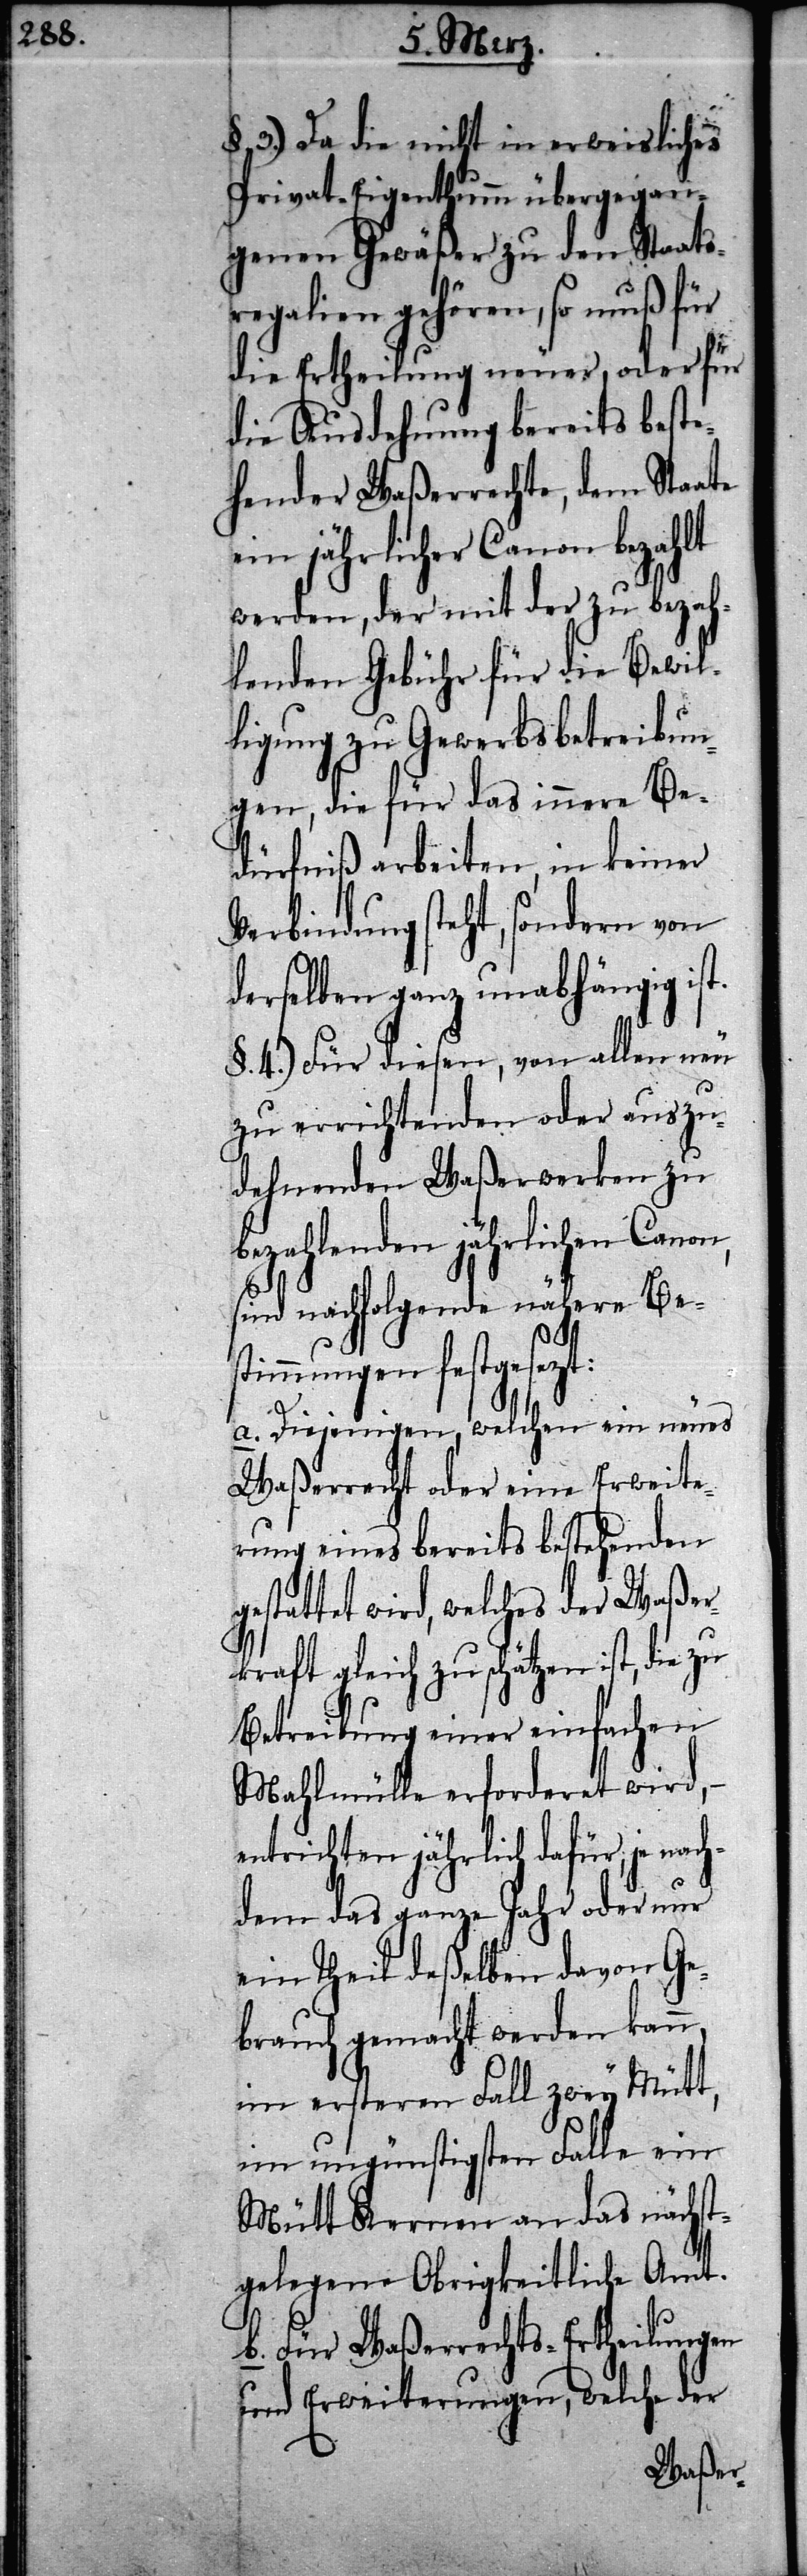
§. 3.) Da die nicht in erweisliches
Privat-Eigenthumm übergegan¬
genen Gewäßer zu den Staats¬
regalien gehören, so muß für
die Ertheilung neuer, oder für
die Ausdehnung bereits beste¬
hender Waßerrechte, dem Staate
ein jährlicher Canon bezahlt
werden, der mit der zu bezah¬
lenden Gebühr für die Bewil¬
ligung zu Gewerbsbetreibun¬
gen, die für das innere Be¬
dürfniß arbeiten, in keiner
Verbindung steht, sondern von
derselben ganz unabhängig ist.
§. 4.) Für diesen, von allen neu
zu errichtenden oder auszu¬
dehnenden Waßerwerken zu
bezahlenden jährlichen Canon,
sind nachfolgende nähere Bes¬
timmungen festgesezt:
a. Diejenigen, welchen ein neues
Waßerrecht oder eine Erweite¬
rung eines bereits bestehenden
gestattet wird, welches der Waßer¬
kraft gleich zu schätzen ist, die
Betreibung einer einfachen
Mahlmülle erforderet wird, –
entrichten jährlich dafür, je nach¬
dem das ganze Jahr oder nur
ein Theil deßelben davon Ge¬
brauch gemacht werden kann,
im ersteren Fall zwey Mütt,
im ungünstigsten Falle ein
Mütt Kernen an das nächst¬
gelegene Obrigkeitliche Amt.
b. Für Waßerrechts-Ertheilungen
und Erweiterungen, welche der